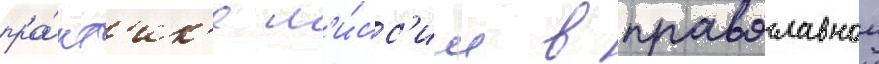
пра́кт'ик'е м'и́сс'ии в православнои